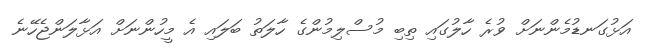
އަޅުގަނޑުމެންނަށް ވުރެ ހާލުގައި ތިބި މުސްލިމުންގެ ހާލަތު ބަލައި އެ މީހުންނަށް އަޅާލަންޖެހޭނެ